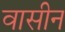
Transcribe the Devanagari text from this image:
वासीन